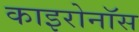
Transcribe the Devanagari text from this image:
काइरोनॉस